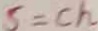
S = c h